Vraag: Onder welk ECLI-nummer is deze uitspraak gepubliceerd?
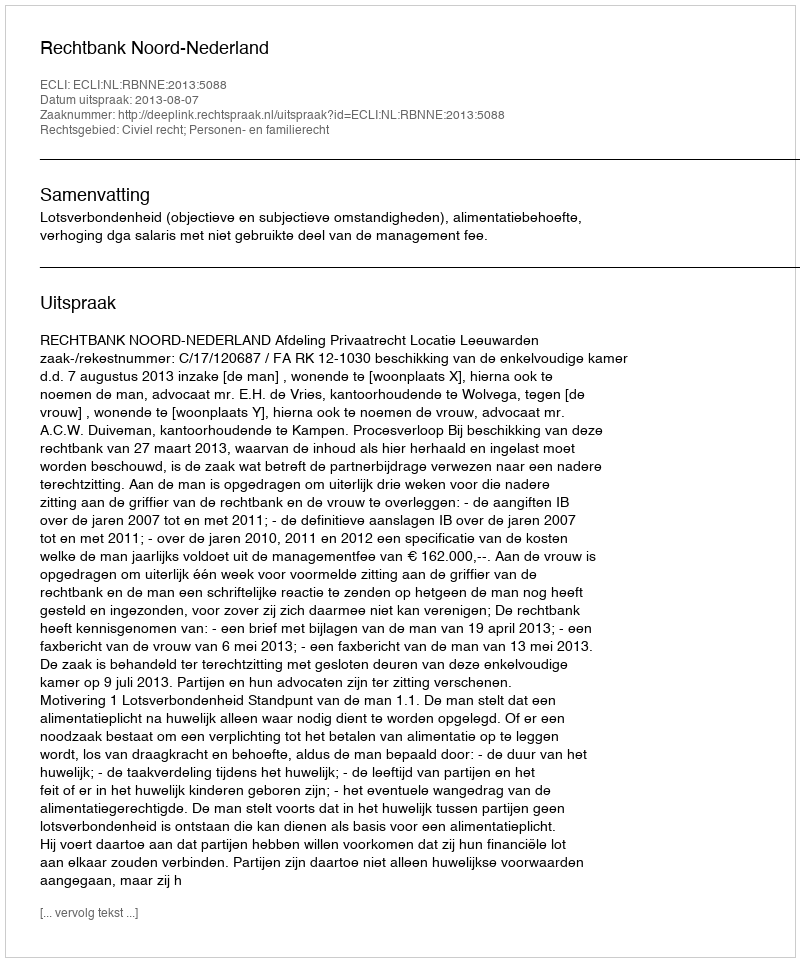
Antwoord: ECLI:NL:RBNNE:2013:5088